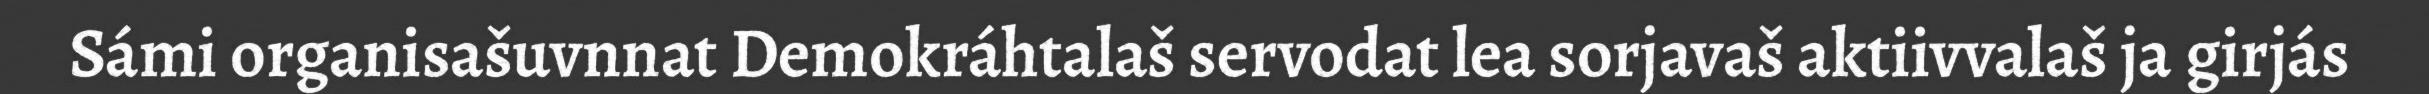
Sámi organisašuvnnat Demokráhtalaš servodat lea sorjavaš aktiivvalaš ja girjás